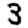
Digit: 3